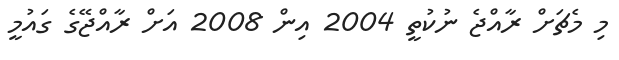
މި މެޗަށް ރާއްޖެ ނުކުތީ 2004 އިން 2008 އަށް ރާއްޖޭގެ ގައުމީ